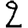
Digit: 2